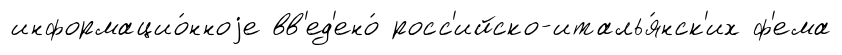
информацио́нноjе вв'ед'ено́ росс'ийско-италья́нск'их ф'ема